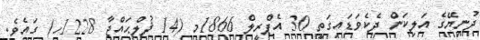
ދުނިޔޭގެ އަލިކަން ދެކެވަޑައިގަތީ 30 އެޕްރީލް 1866މ (14 ޛުލްޙައްޖާ 1228ހ) ގައެވެ.